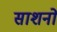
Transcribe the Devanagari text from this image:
साशनों